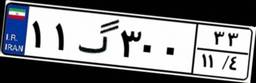
۱۱گ۳۰۰۳۳